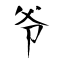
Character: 爷